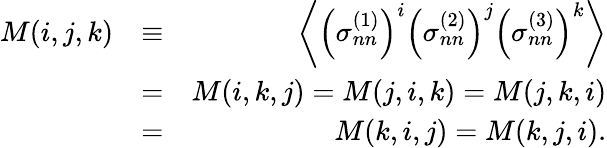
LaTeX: \begin{array}{rlr}{M(i,j,k)}&{\equiv}&{\left\langle\left(\sigma_{nn}^{(1)}\right)^{i}\left(\sigma_{nn}^{(2)}\right)^{j}\left(\sigma_{nn}^{(3)}\right)^{k}\right\rangle}\\ &{=}&{M(i,k,j)=M(j,i,k)=M(j,k,i)}\\ &{=}&{M(k,i,j)=M(k,j,i).}\end{array}